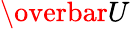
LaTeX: \overbar{U}